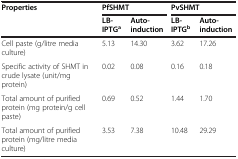
| Properties | <COLSPAN=2> PfSHMT | <COLSPAN=2> PvSHMT |
 |  | LB-IPTGa | Auto-induction | LB-IPTGb | Auto-induction |
 | --- | --- | --- | --- | --- |
 | Cell paste (g/litre media culture) | 5.13 | 14.30 | 3.62 | 17.26 |
 | Specific activity of SHMT in crude lysate (unit/mg protein) | 0.02 | 0.08 | 0.16 | 0.18 |
 | Total amount of purified protein (mg protein/g cell paste) | 0.69 | 0.52 | 1.44 | 1.70 |
 | Total amount of purified protein (mg/litre media culture) | 3.53 | 7.38 | 10.48 | 29.29 |